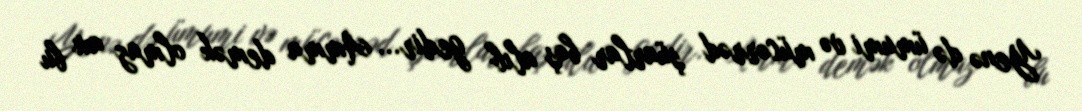
Yenə də ümumi və mücərrəd şüarlar baş alıb gedir... Amma demək olmaz axı bu